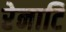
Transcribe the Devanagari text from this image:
रेनाटि